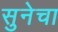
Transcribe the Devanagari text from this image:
सुनेचा